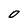
Character: O